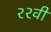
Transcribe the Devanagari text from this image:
२२वी